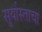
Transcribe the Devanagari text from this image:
सूर्यास्ताचा